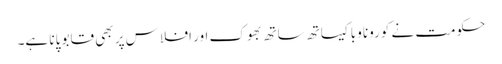
حکومت نے کورونا وبا کیساتھ ساتھ بھوک اور افلاس پر بھی قابو پانا ہے۔